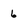
Character: 6